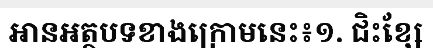
អានអត្ថបទខាងក្រោមនេះ៖១. ជិះខ្សែ